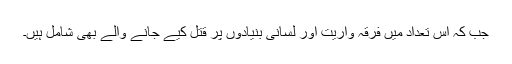
جب کہ اس تعداد میں فرقہ واریت اور لسانی بنیادوں پر قتل کیے جانے والے بھی شامل ہیں۔